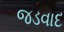
જડવાદ